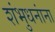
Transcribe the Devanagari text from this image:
शंभुधनांना